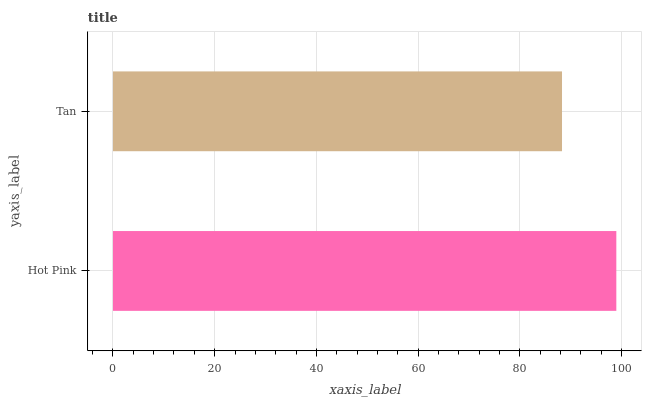
| yaxis_label | bars |
 | --- | --- |
 | Hot Pink | 99 |
 | Tan | 88.3 |